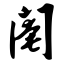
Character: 阉